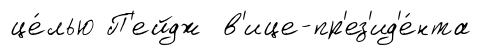
це́лью П'ейдж в'ице-пр'ез'ид'е́нта